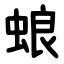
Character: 蜋